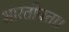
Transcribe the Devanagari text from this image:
भारतीयता।